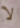
لا